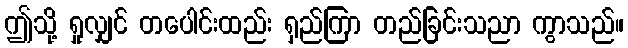
ဤသို့ ရှုလျှင် တပေါင်းထည်း ရှည်ကြာ တည်ခြင်းသညာ ကွာသည်။